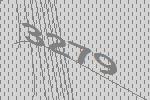
3279